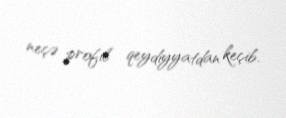
neçə profil qeydiyyatdan keçib.